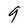
Character: 9